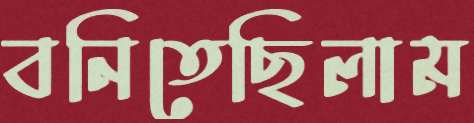
বনিতেছিলাম